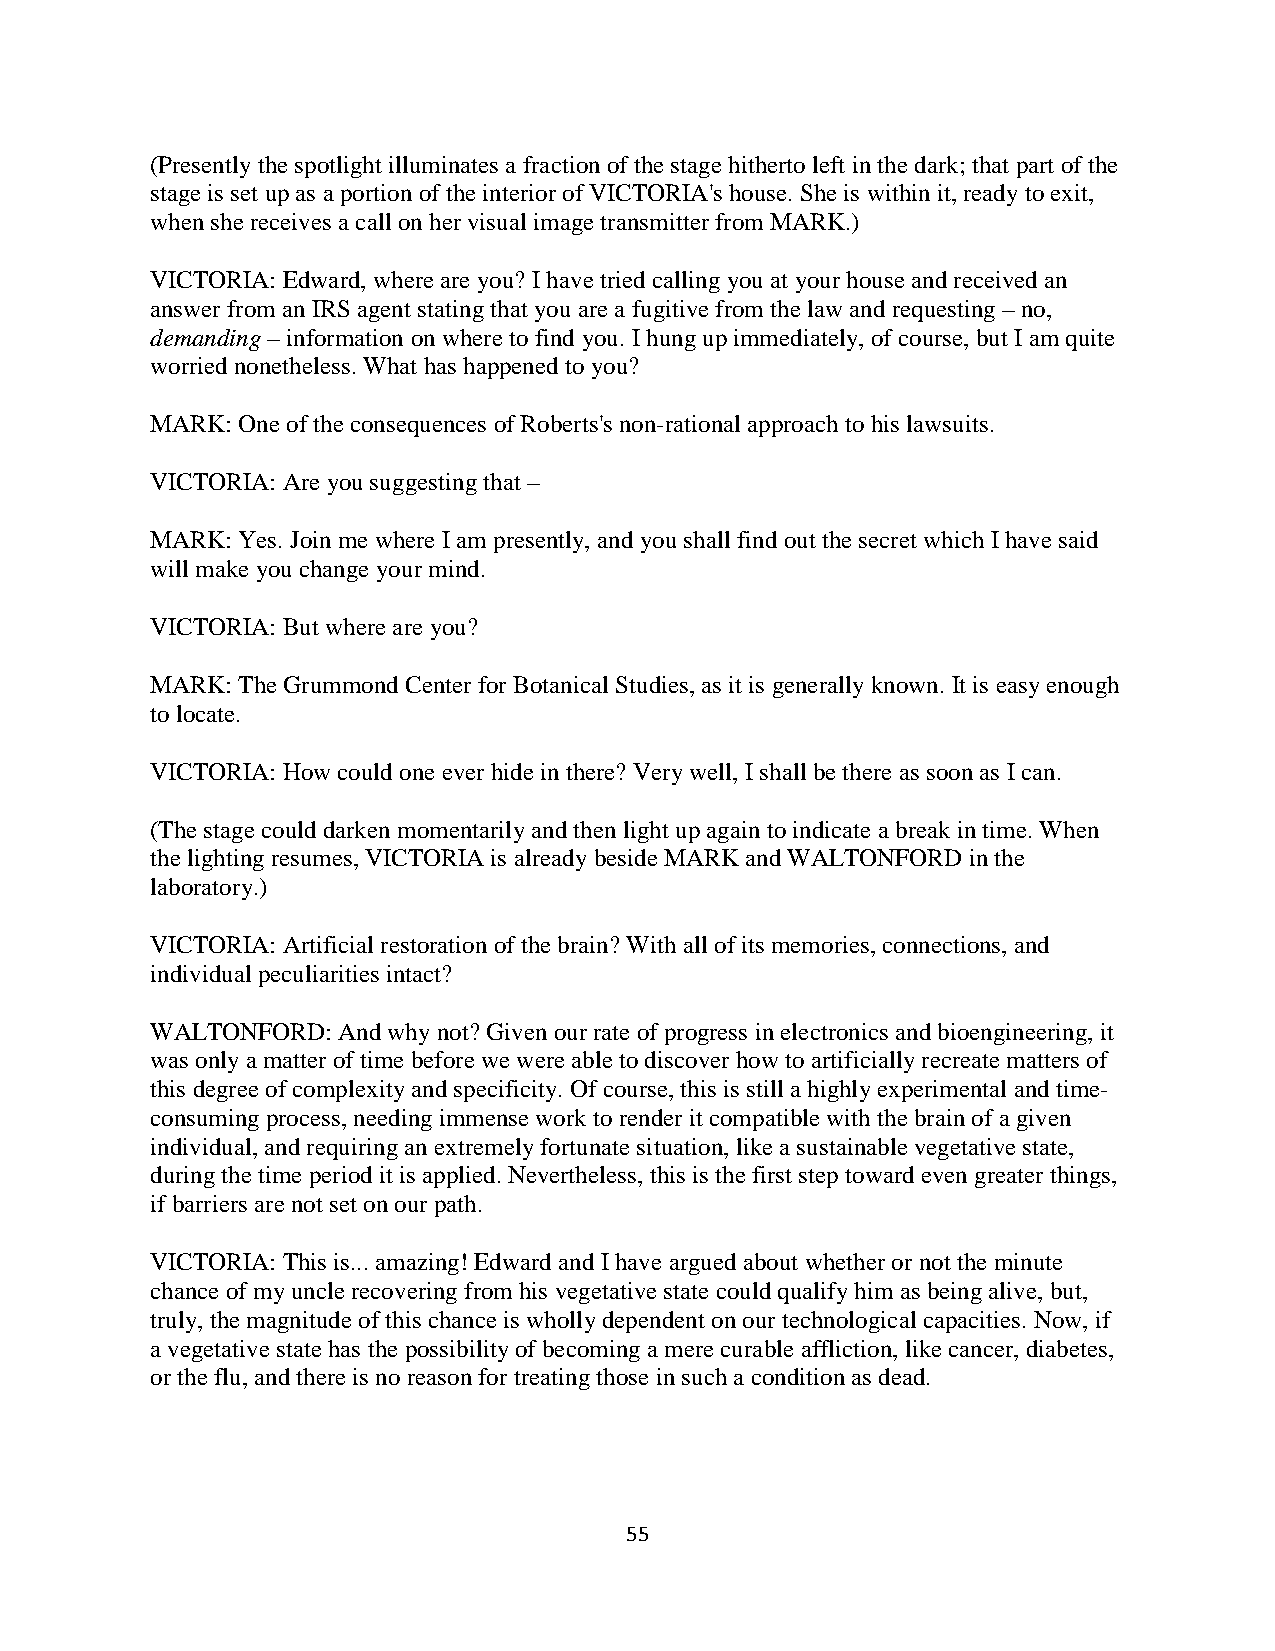
(Presently the spotlight illuminates a fraction of the stage hitherto left in the dark; that part of the
 stage is set up as a portion of the interior of VICTORIA's house. She is within it, ready to exit,
 when she receives a call on her visual image transmitter from MARK.)
 VICTORIA: Edward, where are you? I have tried calling you at your house and received an
 answer from an IRS agent stating that you are a fugitive from the law and requesting – no,
 demanding – information on where to find you. I hung up immediately, of course, but I am quite
 worried nonetheless. What has happened to you?
 MARK: One of the consequences of Roberts's non-rational approach to his lawsuits.
 VICTORIA: Are you suggesting that –
 MARK: Yes. Join me where I am presently, and you shall find out the secret which I have said
 will make you change your mind.
 VICTORIA: But where are you?
 MARK: The Grummond Center for Botanical Studies, as it is generally known. It is easy enough
 to locate.
 VICTORIA: How could one ever hide in there? Very well, I shall be there as soon as I can.
 (The stage could darken momentarily and then light up again to indicate a break in time. When
 the lighting resumes, VICTORIA is already beside MARK and WALTONFORD in the
 laboratory.)
 VICTORIA: Artificial restoration of the brain? With all of its memories, connections, and
 individual peculiarities intact?
 WALTONFORD: And why not? Given our rate of progress in electronics and bioengineering, it
 was only a matter of time before we were able to discover how to artificially recreate matters of
 this degree of complexity and specificity. Of course, this is still a highly experimental and time-
 consuming process, needing immense work to render it compatible with the brain of a given
 individual, and requiring an extremely fortunate situation, like a sustainable vegetative state,
 during the time period it is applied. Nevertheless, this is the first step toward even greater things,
 if barriers are not set on our path.
 VICTORIA: This is... amazing! Edward and I have argued about whether or not the minute
 chance of my uncle recovering from his vegetative state could qualify him as being alive, but,
 truly, the magnitude of this chance is wholly dependent on our technological capacities. Now, if
 a vegetative state has the possibility of becoming a mere curable affliction, like cancer, diabetes,
 or the flu, and there is no reason for treating those in such a condition as dead.
 55